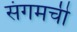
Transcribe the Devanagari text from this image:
संगमची